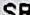
SR